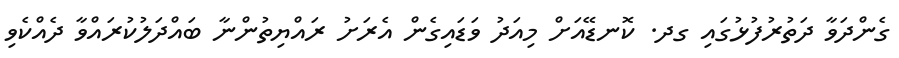
ގެންދަވާ ދަތުރުފުޅުގައި ގދ. ކޮނޑޭއަށް މިއަދު ވަޑައިގެން އެރަށު ރައްޔިތުންނާ ބައްދަލުކުރައްވާ ދެއްކެވި